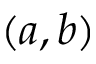
( a , b )